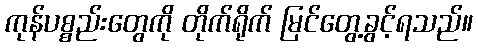
ကုန်ပစ္စည်းတွေကို တိုက်ရိုက် မြင်တွေ့ခွင့်ရသည်။